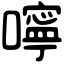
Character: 嚀